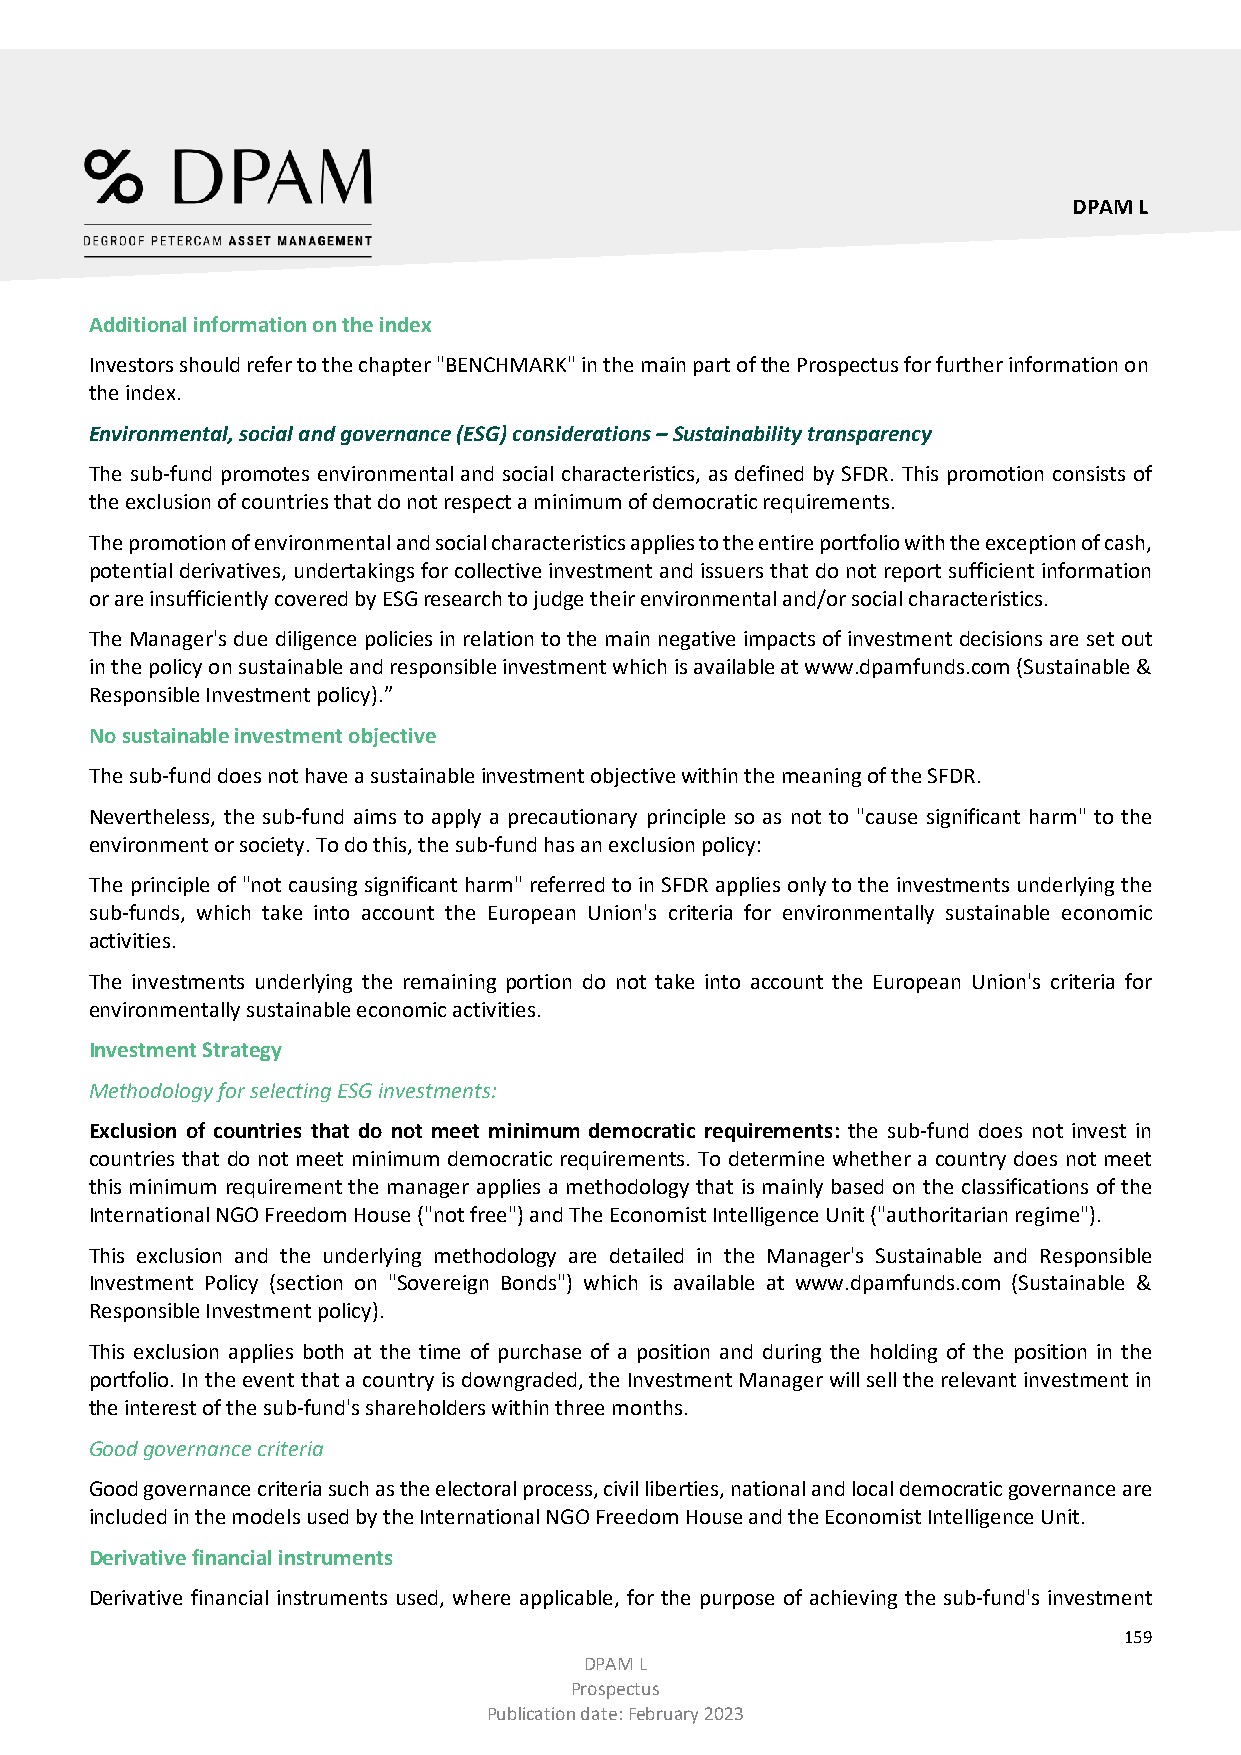
DPAM L
 Additional information on the index
 Investors should refer to the chapter "BENCHMARK" in the main part of the Prospectus for further information on
 the index.
 Environmental, social and governance (ESG) considerations – Sustainability transparency
 The sub-fund promotes environmental and social characteristics, as defined by SFDR. This promotion consists of
 the exclusion of countries that do not respect a minimum of democratic requirements.
 The promotion of environmental and social characteristics applies to the entire portfolio with the exception of cash,
 potential derivatives, undertakings for collective investment and issuers that do not report sufficient information
 or are insufficiently covered by ESG research to judge their environmental and/or social characteristics.
 The Manager's due diligence policies in relation to the main negative impacts of investment decisions are set out
 in the policy on sustainable and responsible investment which is available at www.dpamfunds.com (Sustainable &
 Responsible Investment policy).”
 No sustainable investment objective
 The sub-fund does not have a sustainable investment objective within the meaning of the SFDR.
 Nevertheless, the sub-fund aims to apply a precautionary principle so as not to "cause significant harm" to the
 environment or society. To do this, the sub-fund has an exclusion policy:
 The principle of "not causing significant harm" referred to in SFDR applies only to the investments underlying the
 sub-funds, which take into account the European Union's criteria for environmentally sustainable economic
 activities.
 The investments underlying the remaining portion do not take into account the European Union's criteria for
 environmentally sustainable economic activities.
 Investment Strategy
 Methodology for selecting ESG investments:
 Exclusion of countries that do not meet minimum democratic requirements: the sub-fund does not invest in
 countries that do not meet minimum democratic requirements. To determine whether a country does not meet
 this minimum requirement the manager applies a methodology that is mainly based on the classifications of the
 International NGO Freedom House ("not free") and The Economist Intelligence Unit ("authoritarian regime").
 This exclusion and the underlying methodology are detailed in the Manager's Sustainable and Responsible
 Investment Policy (section on "Sovereign Bonds") which is available at www.dpamfunds.com (Sustainable &
 Responsible Investment policy).
 This exclusion applies both at the time of purchase of a position and during the holding of the position in the
 portfolio. In the event that a country is downgraded, the Investment Manager will sell the relevant investment in
 the interest of the sub-fund's shareholders within three months.
 Good governance criteria
 Good governance criteria such as the electoral process, civil liberties, national and local democratic governance are
 included in the models used by the International NGO Freedom House and the Economist Intelligence Unit.
 Derivative financial instruments
 Derivative financial instruments used, where applicable, for the purpose of achieving the sub-fund's investment
 159
 DPAM L
 Prospectus
 Publication date: February 2023